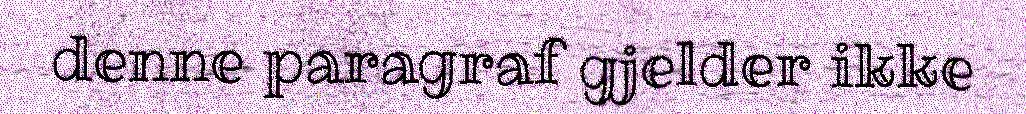
denne paragraf gjelder ikke